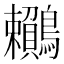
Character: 𪈎